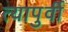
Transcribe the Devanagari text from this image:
त्यापुर्वी